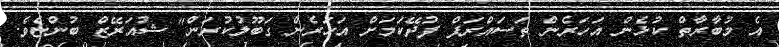
އެ މުބާރާތް ކުޅެން އަހަރެން ތަސައްރަފް ފުދޭކަމަށް އަހަރެން ގަބޫލުކުރަން" ޝުއަރޭޒް ބުންޏެވެ.